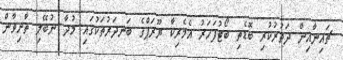
ޗައިނާއިން ދަތުރުކުރި ބޮޑެތި ބޯޓުފަހަރު އެމެރިކާ ޔޫރަޕްގެ ބަނދަރުތަކުގައި މުދާ ނުބޭލި ތާށިވާން